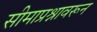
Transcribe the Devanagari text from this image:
सीमाप्रश्नावरून